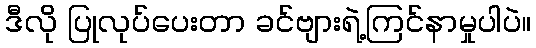
ဒီလို ပြုလုပ်ပေးတာ ခင်ဗျားရဲ့ကြင်နာမှုပါပဲ။